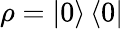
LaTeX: \rho=\left\vert 0\right\rangle\left\langle 0\right\vert